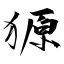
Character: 獂